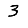
Digit: 3